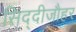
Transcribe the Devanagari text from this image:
सिद्दीजौहर